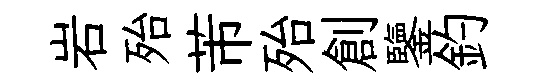
岩殆芾殆創鑒釣